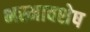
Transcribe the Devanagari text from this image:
भस्मावशेष